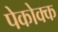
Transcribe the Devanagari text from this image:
पेकोक्क